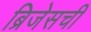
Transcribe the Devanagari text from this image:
ब्रिजेसची